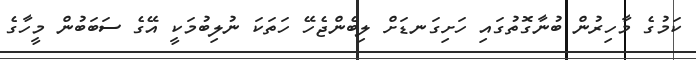
ކަމުގެ މާހިރުން ބުނާގޮތުގައި ހަށިގަނޑަށް ލިބެންޖެހޭ ހަތަކަ ނުލިބުމަކީ އޭގެ ސަބަބުން މީހާގެ